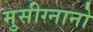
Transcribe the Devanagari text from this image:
मुसीग्नानो